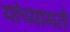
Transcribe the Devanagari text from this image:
यांच्यामते